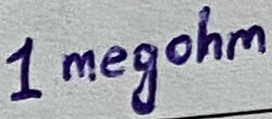
Text: 1megohm